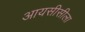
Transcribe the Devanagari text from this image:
आयसीसीला